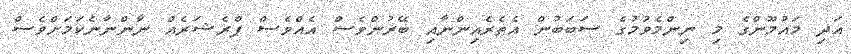
އަދި މައުމޫންގެ މި ނިންމެވުމުގެ ސަބަބުން އެތެރެއިންނާއި ބޭރުންވެސް އެއްވެސް ޕްރެޝަރެއް ނާންނާނެކަމަށްވެސް